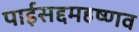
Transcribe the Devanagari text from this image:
पाईसद्दमहष्णव